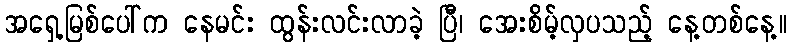
အရှေ့မြစ်ပေါ်က နေမင်း ထွန်းလင်းလာခဲ့ ပြီ၊ အေးစိမ့်လှပသည့် နေ့တစ်နေ့။